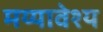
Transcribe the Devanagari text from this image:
मय्यावेश्य